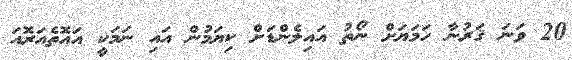
20 ވަނަ ޤަރުނާ ހަމަޔަށް ނޯތު އައިލެންޑަށް ކިޔަމުން އައި ނަމަކީ އައޮތެއަރޮއަ